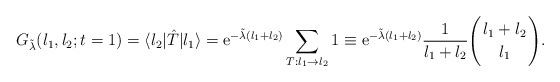
\begin{align*}G_{\tilde\lambda}(l_1,l_2;t=1)=\langle l_2|\hat T|l_1\rangle ={\rm e}^{-\tilde\lambda (l_1+l_2)} \sum_{T:l_1\rightarrow l_2} 1\equiv {\rm e}^{-\tilde\lambda (l_1+l_2)}\frac{1}{l_1+l_2}\Biggl( {l_1 +l_2 \atop l_1}\Biggr).\end{align*}